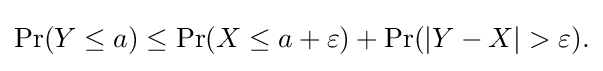
{\begin{aligned}\operatorname {Pr} (Y\leq a)\leq \operatorname {Pr} (X\leq a+\varepsilon )+\operatorname {Pr} (|Y-X|>\varepsilon ).\end{aligned}}